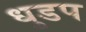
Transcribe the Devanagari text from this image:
धुडप